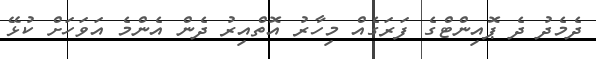
ދެމެދު ދެ ޕޮއިންޓްގެ ފަރަގެއް މިހާރު އޮތްއިރު ދެން އެންމެ އަވަހަށް ކުޅޭ